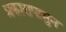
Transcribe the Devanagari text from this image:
प्रकारापासुन